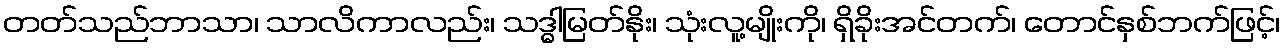
တတ်သည်ဘာသာ၊ သာလိကာလည်း၊ သဒ္ဓါမြတ်နိုး၊ သုံးလူ့မျိုးကို၊ ရှိခိုးအင်တက်၊ တောင်နှစ်ဘက်ဖြင့်၊